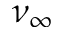
\nu _ { \infty }